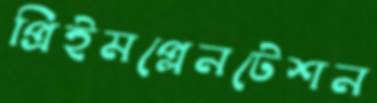
প্রিইমপ্লেনটেশন